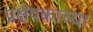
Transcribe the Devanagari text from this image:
प्रक्षेपकाच्या